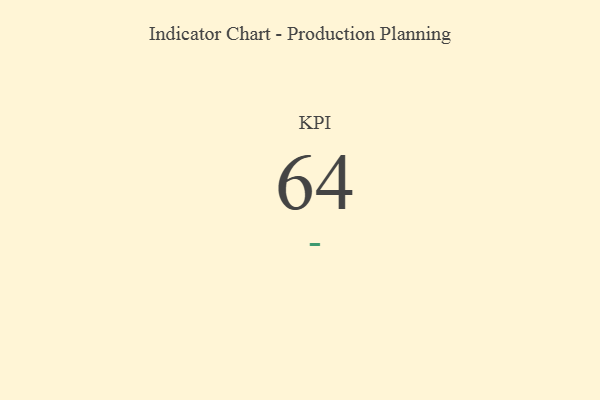
{"axis": {"x": "KPI", "y": "Value"}, "legend": [""], "data": [{"x": "KPI", "y": 64, "type": ""}]}